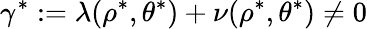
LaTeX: \gamma^{\ast}:=\lambda(\rho^{\ast},\theta^{\ast})+\nu(\rho^{\ast},\theta^{\ast})\neq 0